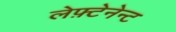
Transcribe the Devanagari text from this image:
लेफ़्टेनेन्ट